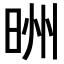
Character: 𪰢